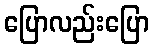
ပြောလည်းပြော